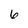
Character: 6